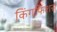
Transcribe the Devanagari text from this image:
किंगफिशर्स